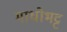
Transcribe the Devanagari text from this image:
माधोभट्ट